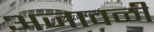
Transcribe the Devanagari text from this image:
अजावळी